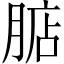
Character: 𣎀